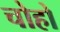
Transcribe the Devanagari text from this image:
चोहो